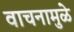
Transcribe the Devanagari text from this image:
वाचनामुळे